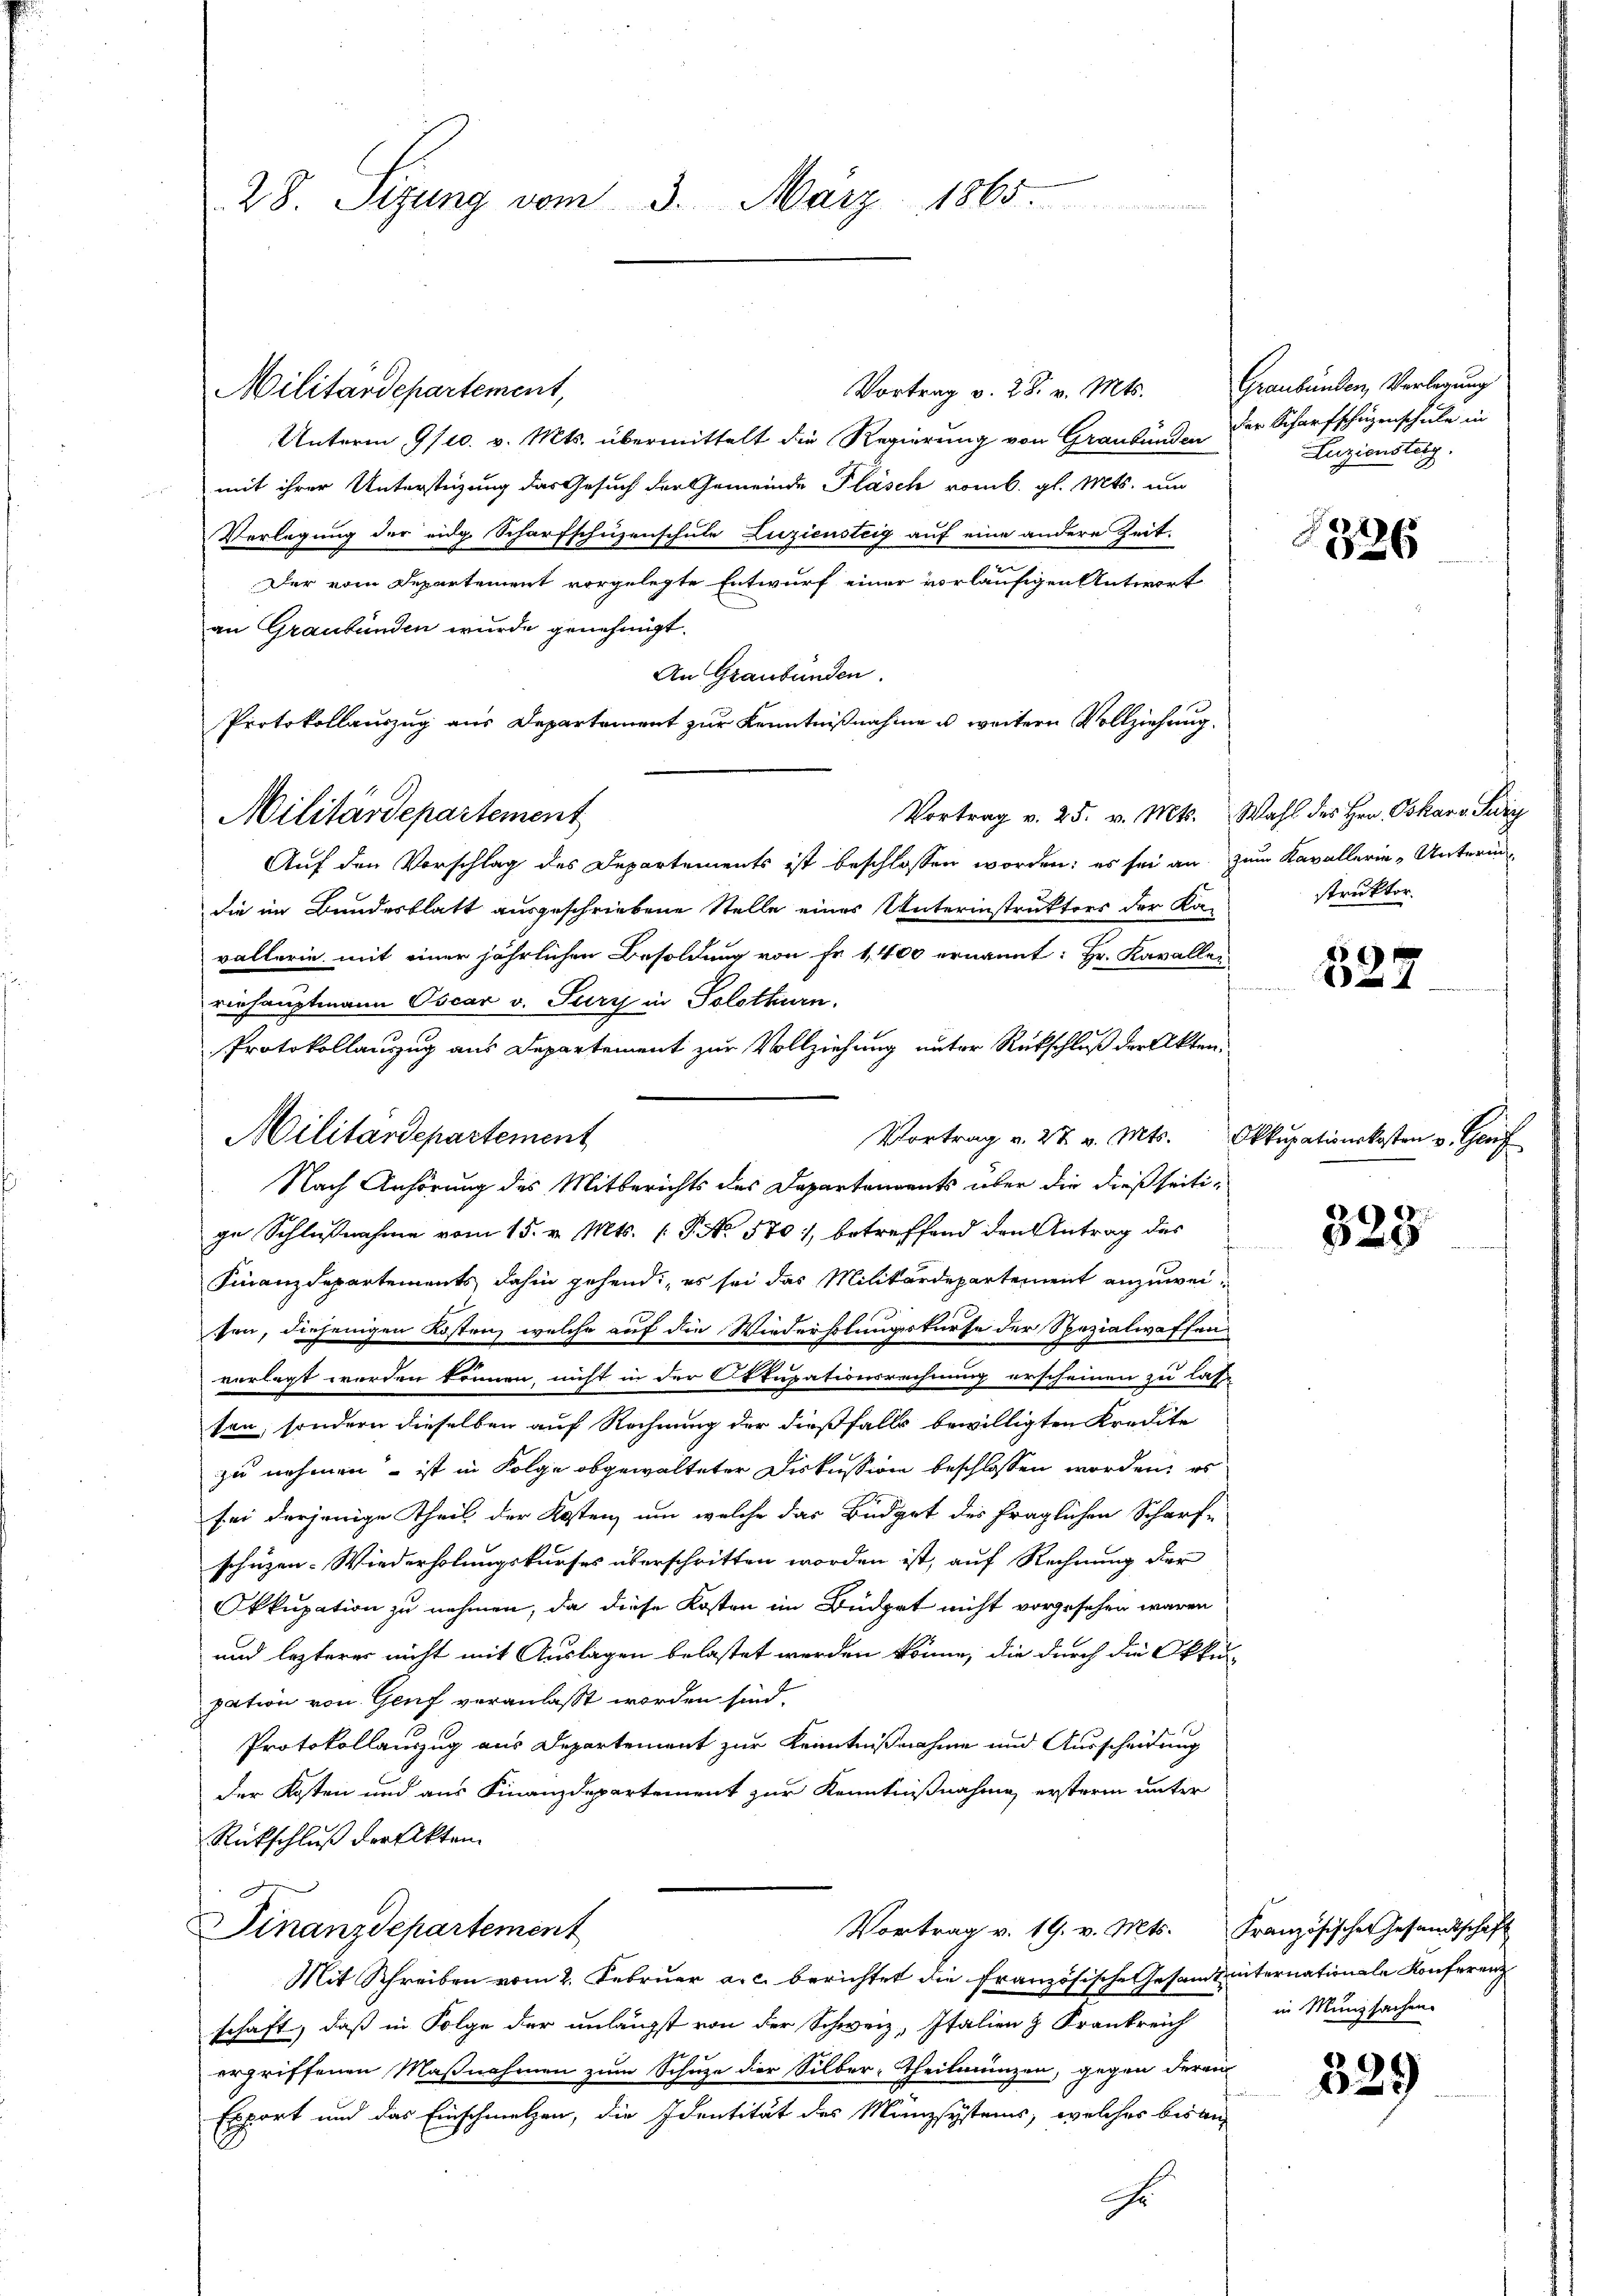
Vortrag v. 28. v. Mts.
Militardepartement,
Unterm 9/10. v. Mts. übermittelt die Regierung von Graubünden
mit ihrer Unterstüzung das Gesuch der Gemeinde Pläsch vom k. gl. Mts. und
Vorlegung der eidg. Scharfschüzenschule Luziensteig auf eine andere Zeit-
Der vom Departement vorgelegte Entwurf einer vorläufigen Antwort
an Graubünden wurde genehmigt.
An Graubünden.
Protokollauszug aus Departement zur Kenntnißnahme u. weitern Vollziehung.
Vortrag v. 25. v. Mts. Wahl des Hrn. Oskar v. Sedig
Militärdepartement
Auf den Vorschlag des Departements ist beschlossen worden; es sei an zum Kavallerie-Unterindie im Bundesblatt ausgeschriebene Stelle eines Unterinstruktors der Ka-
vallerin mit einer jährlichen Besoldung von Fr. 1,400 ernannt: Hr. Kavallei
riehauptmann Oscar v. Pury in Solothurn.
Protokollauszug aus Departement zur Vollziehung unter Rückschluß der Akten¬
Vortrag v. 27. v. Mts. Okkupationskosten v. Genf
Nach Anhörung des Mitberichts des Dapartendents über die dießseitige Schlußnahme vom 15. v. Mts. (T. No 570), betreffend den Antrag des
Finanzdepartements dahin gehend: „es sei das Militärdepartement anzuweisen, diejenigen Kosten, welche auf die Wiederholungskurse der Spezialwaffen
verlegt werden können, nicht in der Okkupationsrechnung erscheinen zu las-
sen, sondern dieselben auf Rechnung der dießfalls bewilligten Kredite
zu nehmen – ist in Folge obgewalteter Diskussion beschlossen worden, es
sei derjenige Theil der Kosten, um welche das Büdget des fraglichen Scharf-
schüzen- Wiederholungskurses überschritten worden ist, auf Rechnung der
Okkupation zu nehmen, da diese Kosten im Büdget nicht vorgesehen wären,
und lezterer nicht mit Auslagen belastet werden könne, die durch die Okku-
pation von Genf veranlaßt worden sind.

Protokollauszug aus Departement zur Kenntnißnahme und Ausscheidung
der Kosten und aus Finanzdepartement zur Kenntnißnahme ersterm unter
Rückschluß der Akten.
Vortrag v. 19. v. Mts. Französischer Gesandtschaft
Finanzdepartement
Mit Schreiben vom 2. Februar a.c. berichtet die französische Gesandtiternationale Konferenz
schaft, daß in Folge der unlängst von der Schweiz, Italien & Frankreich
ergriffenen Maßnahmen zum Schuze der Silber-Theilmünzen, gegen deren
Export und das Einschmelzen, die Identität des Münzsystems, welches bisan
Er

28. Sizung vom 3. März 1865.

Militärdepartement

Graubünden, Verlegung
der Scharfschüzenschule in
Luziensteig.

26

struktor.

827

in Münzsachen.

329